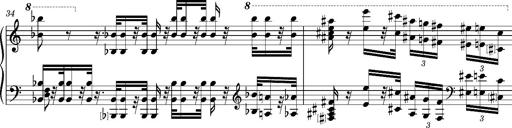
Title: Introduction des Variations sur une marche du SiÃ¨ge de Corinthe, S.421a
Composer: Franz Liszt
Key: F minor